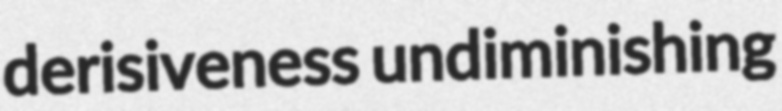
derisiveness undiminishing